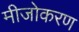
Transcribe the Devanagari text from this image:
मीजोकरण